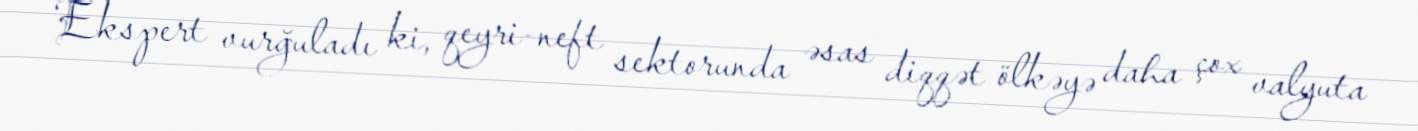
Ekspert vurğuladı ki, qeyri-neft sektorunda əsas diqqət ölkəyə daha çox valyuta